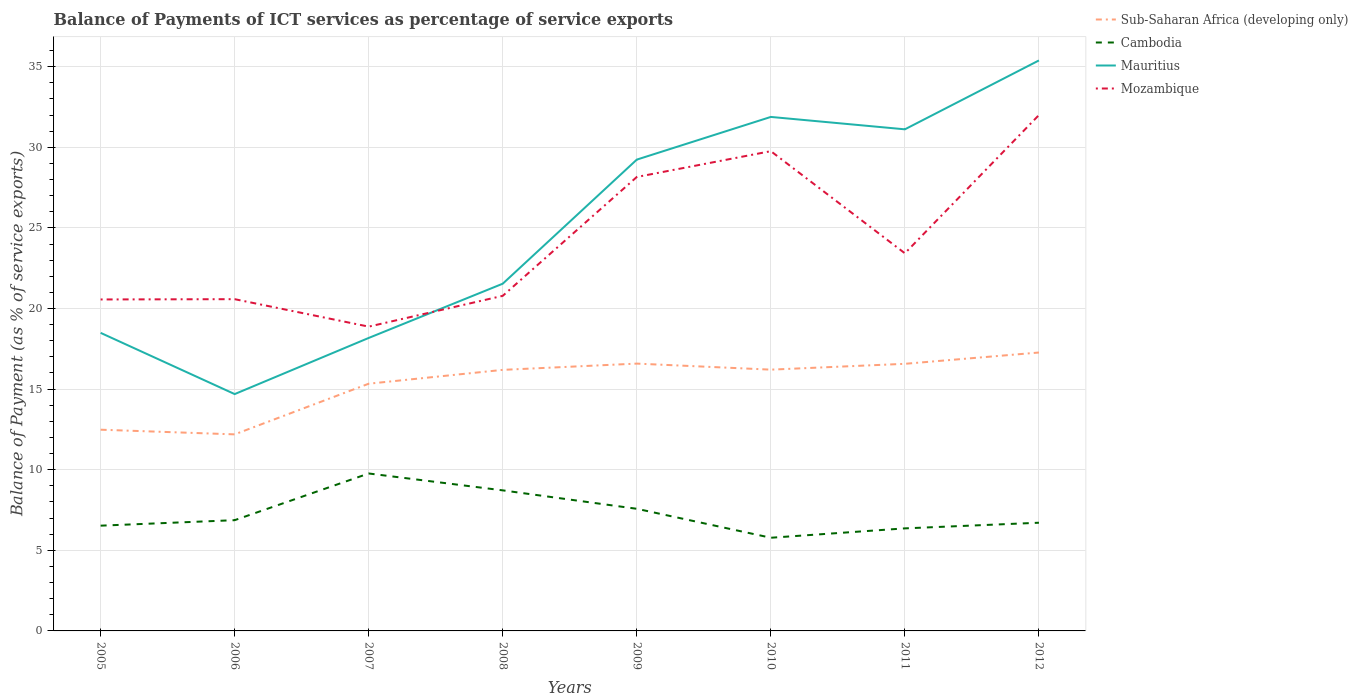
| Years | Sub-Saharan Africa (developing only) | Cambodia | Mauritius | Mozambique |
 | --- | --- | --- | --- | --- |
 | 2005 | 12.5 | 6.53 | 18.5 | 20.6 |
 | 2006 | 12.2 | 6.87 | 14.7 | 20.6 |
 | 2007 | 15.3 | 9.77 | 18.2 | 18.9 |
 | 2008 | 16.2 | 8.72 | 21.5 | 20.8 |
 | 2009 | 16.6 | 7.58 | 29.2 | 28.2 |
 | 2010 | 16.2 | 5.78 | 31.9 | 29.8 |
 | 2011 | 16.6 | 6.36 | 31.1 | 23.4 |
 | 2012 | 17.3 | 6.71 | 35.4 | 32 |